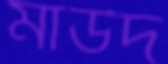
মাউদ